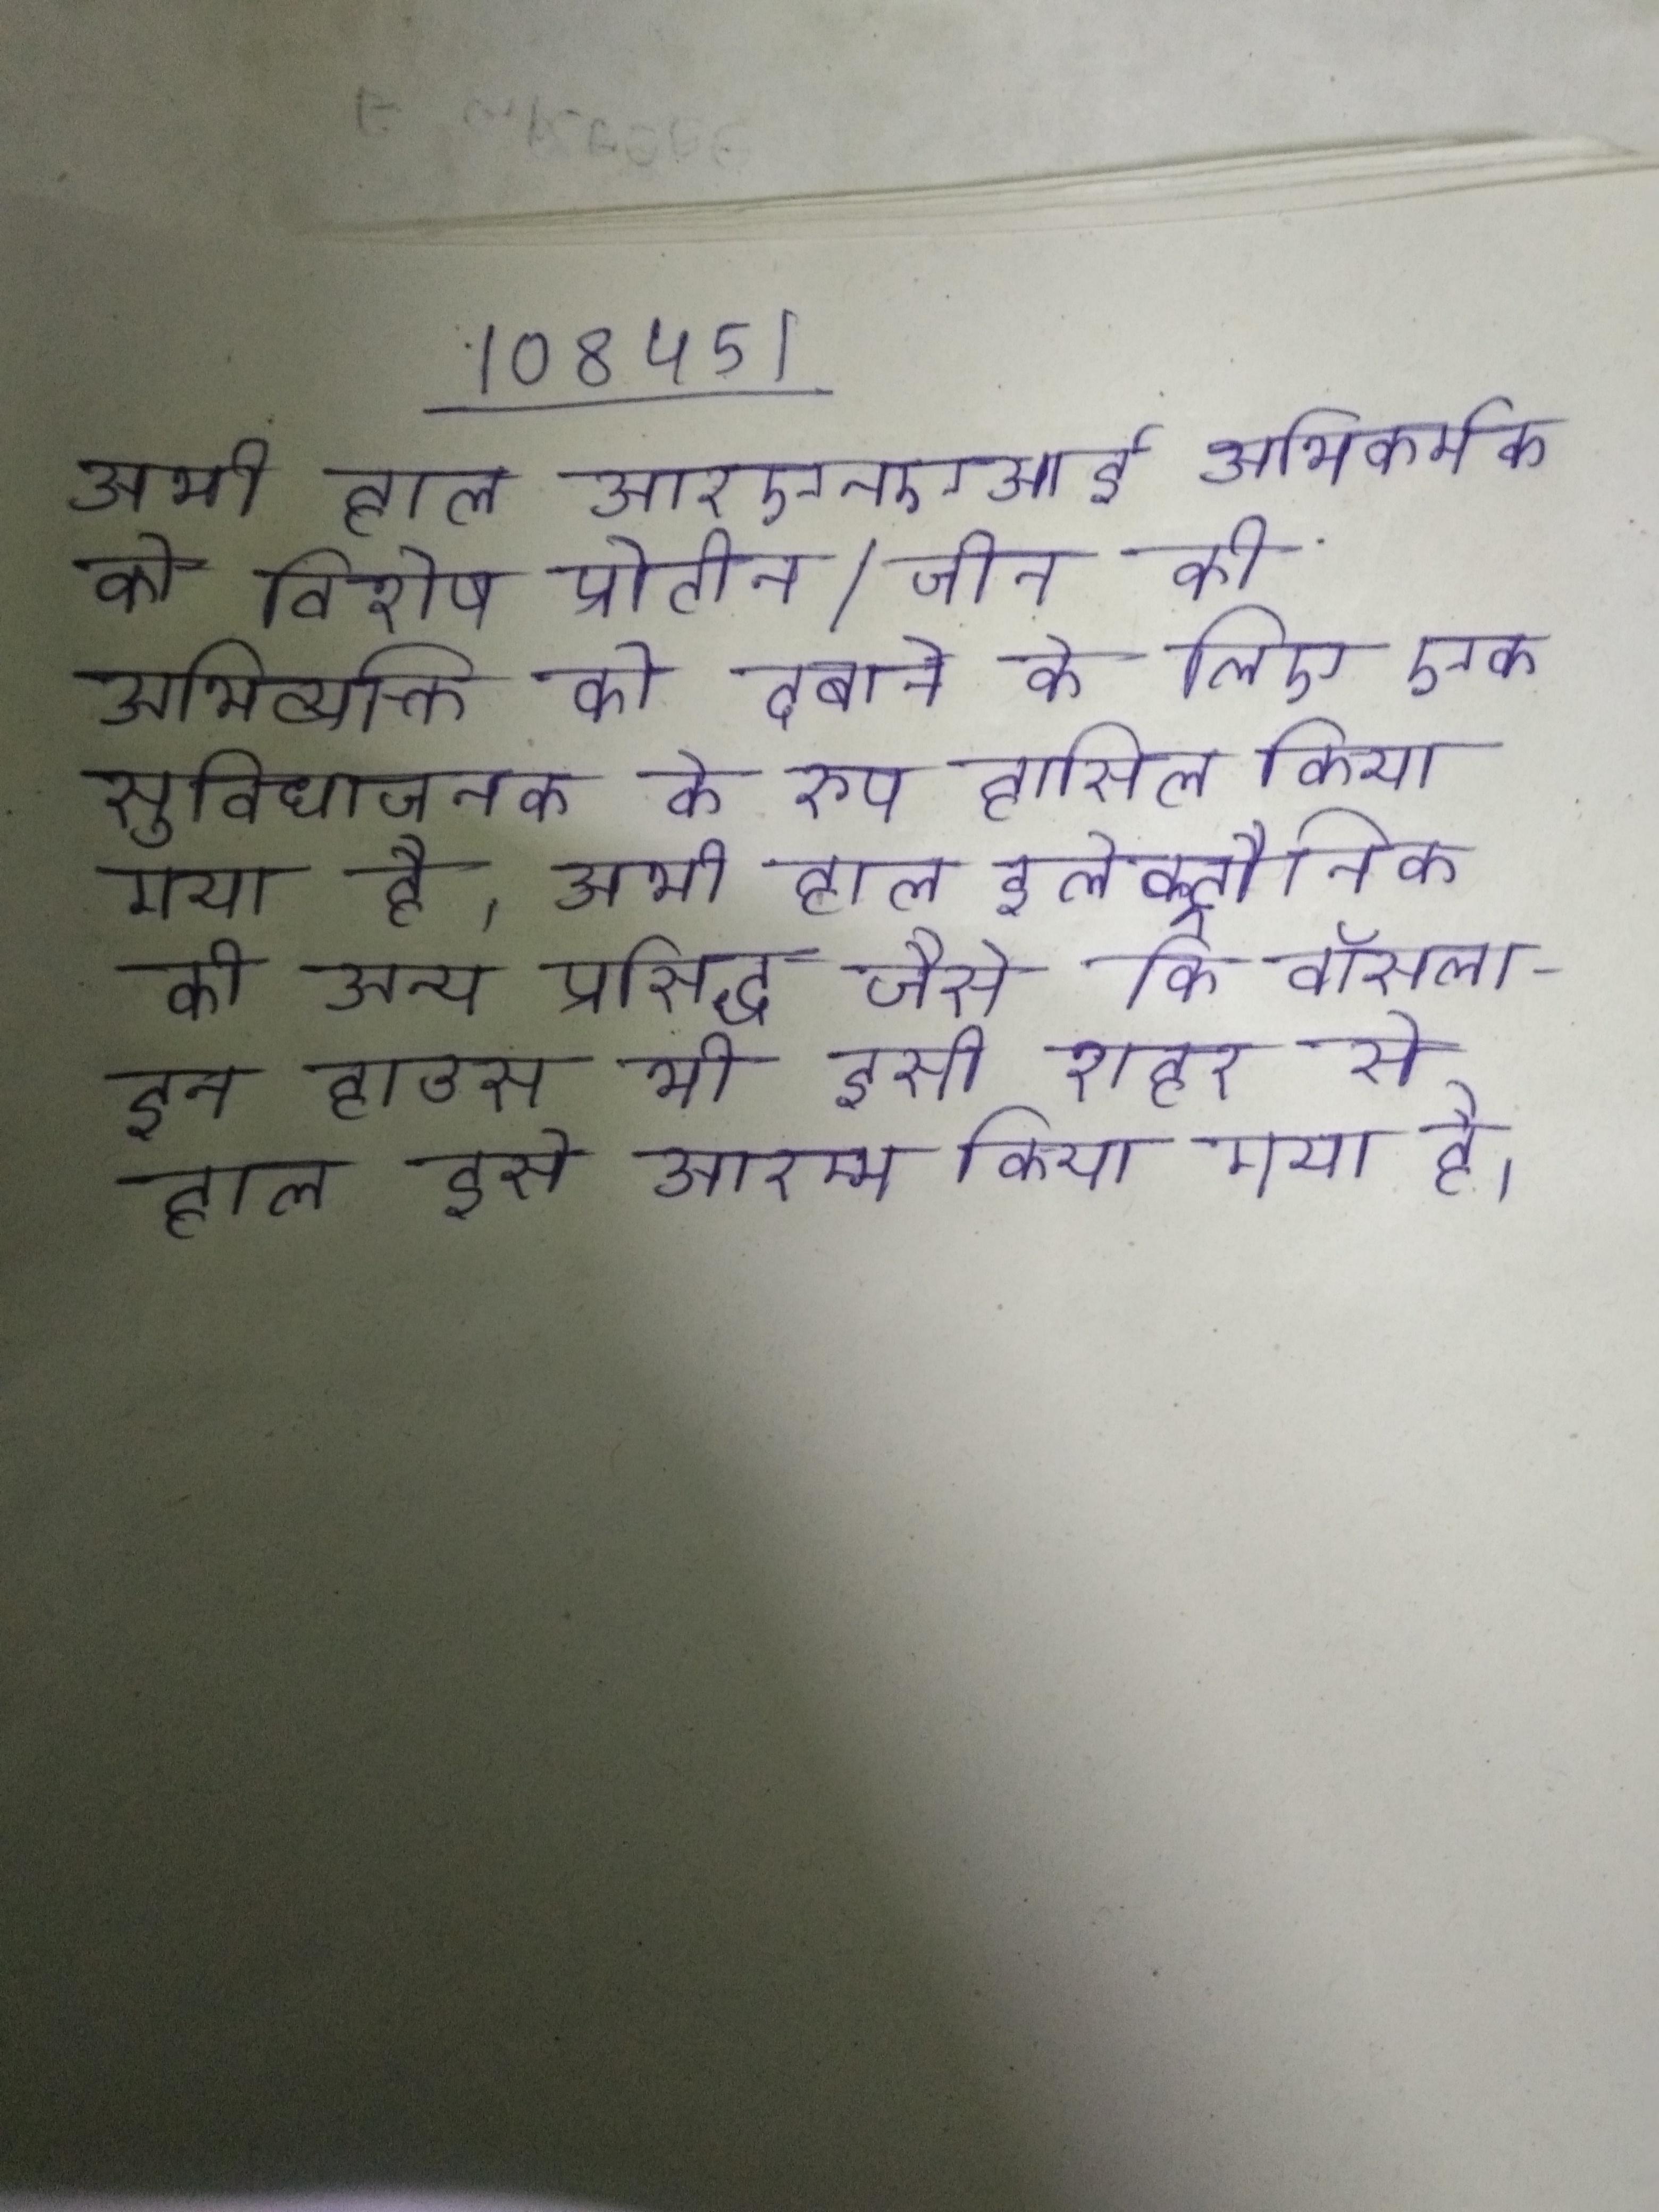
अभी हाल आरएनएआई अभिकर्मक को विशेष प्रोटीन/जीन की अभिव्यक्ति को दबाने के लिए एक सुविधाजनक के रूप हासिल किया गया है । अभी हाल इलेक्ट्रौनिक की अन्य प्रसिद्ध जैसे कि बॉसलाइन हाउस भी इसी शहर से हुआ था । अभी हाल इसे आरम्भ किया गया है ।